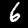
Label: 6